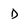
Character: D